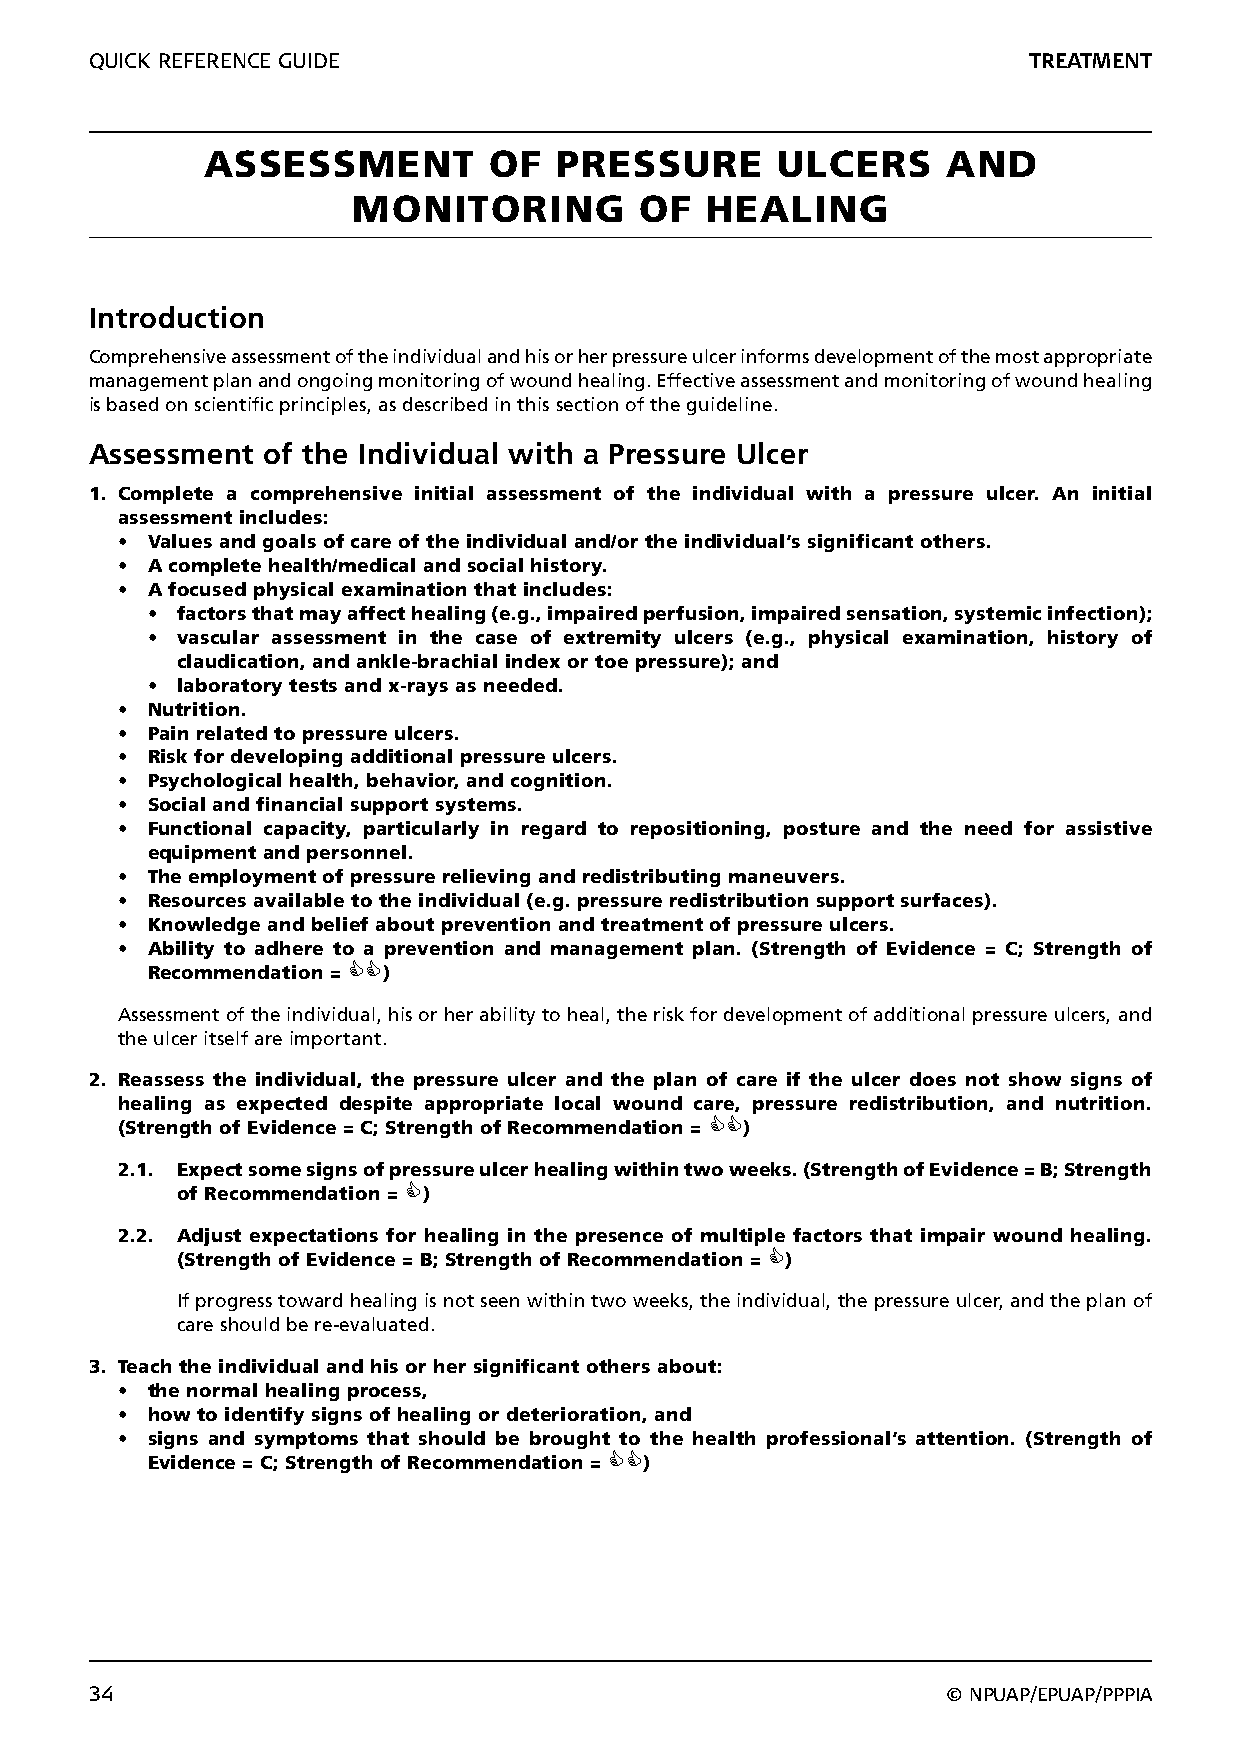
QUICK REFERENCE GUIDE                                         TREATMENT
 ASSESSMENT         OF   PRESSURE      ULCERS      AND
 MONITORING         OF   HEALING
 Introduction
 Comprehensive assessment of the individual and his or her pressure ulcer informs development of the most appropriate
 management plan and ongoing monitoring of wound healing. Effective assessment and monitoring of wound healing
 is based on scientific principles, as described in this section of the guideline.
 Assessment of the Individual with a Pressure Ulcer
 1. Complete a comprehensive initial assessment of the individual with a pressure ulcer. An initial
 assessment includes:
 • Values and goals of care of the individual and/or the individual’s significant others.
 • A complete health/medical and social history.
 • A focused physical examination that includes:
 • factors that may affect healing (e.g., impaired perfusion, impaired sensation, systemic infection);
 • vascular assessment in the case of extremity ulcers (e.g., physical examination, history of
 claudication, and ankle-brachial index or toe pressure); and
 • laboratory tests and x-rays as needed.
 • Nutrition.
 • Pain related to pressure ulcers.
 • Risk for developing additional pressure ulcers.
 • Psychological health, behavior, and cognition.
 • Social and financial support systems.
 • Functional capacity, particularly in regard to repositioning, posture and the need for assistive
 equipment and personnel.
 • The employment of pressure relieving and redistributing maneuvers.
 • Resources available to the individual (e.g. pressure redistribution support surfaces).
 • Knowledge and belief about prevention and treatment of pressure ulcers.
 • Ability to adhere to a prevention and management plan. (Strength of Evidence = C; Strength of
 Recommendation = )
 Assessment of the individual, his or her ability to heal, the risk for development of additional pressure ulcers, and
 the ulcer itself are important.
 2. Reassess the individual, the pressure ulcer and the plan of care if the ulcer does not show signs of
 healing as expected despite appropriate local wound care, pressure redistribution, and nutrition.
 (Strength of Evidence = C; Strength of Recommendation = )
 2.1. Expect some signs of pressure ulcer healing within two weeks. (Strength of Evidence = B; Strength
 of Recommendation = )
 2.2. Adjust expectations for healing in the presence of multiple factors that impair wound healing.
 (Strength of Evidence = B; Strength of Recommendation = )
 If progress toward healing is not seen within two weeks, the individual, the pressure ulcer, and the plan of
 care should be re-evaluated.
 3. Teach the individual and his or her significant others about:
 • the normal healing process,
 • how to identify signs of healing or deterioration, and
 • signs and symptoms that should be brought to the health professional’s attention. (Strength of
 Evidence = C; Strength of Recommendation = )
 34                                                       © NPUAP/EPUAP/PPPIA